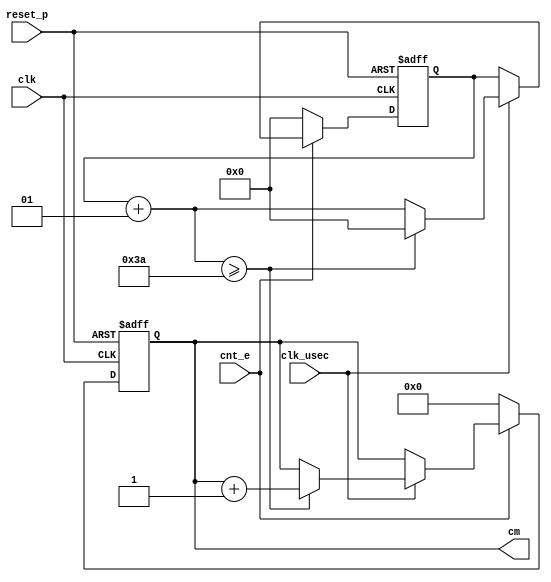

module sr04_div58(
    input clk, reset_p,
    input clk_usec, cnt_e,
    output reg [11:0] cm
    );    
    integer cnt;     
     always @(posedge clk or posedge reset_p) begin
        if(reset_p) begin
            cm = 0;
            cnt = 0;
        end
        else begin
            if(cnt_e) begin 
                if(clk_usec)begin
                    cnt = cnt +1;
                    if(cnt >= 58) begin
                        cnt = 0;
                        cm = cm +1;
                    end               
                end     
            end    
        
            else begin
                cnt = 0;
                cm  = 0;
            end
        end    
      end               
endmodule